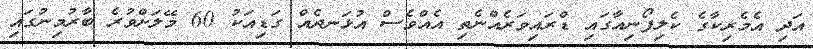
އަދި އެމެރިކާގެ ކެލިފޯނިއާގައި ޑްރައިވަރެއްނެތި އެއްވެސް އުޅަނދެއް ގަޑިއަކު 60 މޭލަށްވުރެ ބާރުމިނުގައި